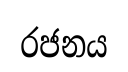
රජනය